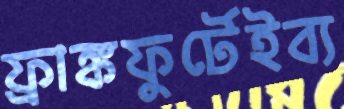
ফ্রাঙ্কফুর্টেইব্য